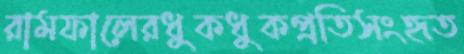
রামফালেরধুকধুকপ্রতিসংহৃত